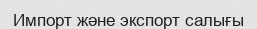
Импорт және экспорт салығы